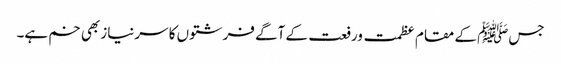
جسﷺ کے مقام عظمت ورفعت کے آگے فرشتوں کا سرنیاز بھی خم ہے۔